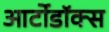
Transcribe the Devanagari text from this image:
आर्टोडॉक्स